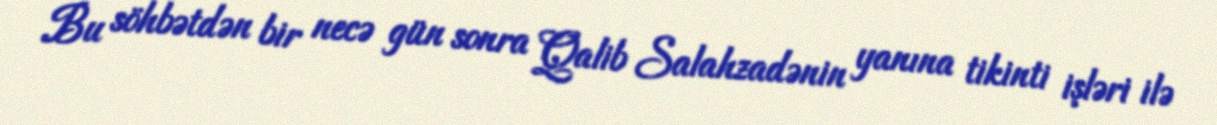
Bu söhbətdən bir necə gün sonra Qalib Salahzadənin yanına tikinti işləri ilə